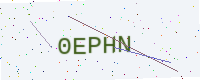
Text: 0EPHN